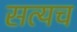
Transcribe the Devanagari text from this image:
सत्यच